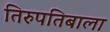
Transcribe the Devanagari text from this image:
तिरुपतिबाला